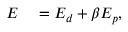
\begin{array} { r l } { { \cal E } } & { { } = { \cal E } _ { d } + \beta { \cal E } _ { p } , } \end{array}